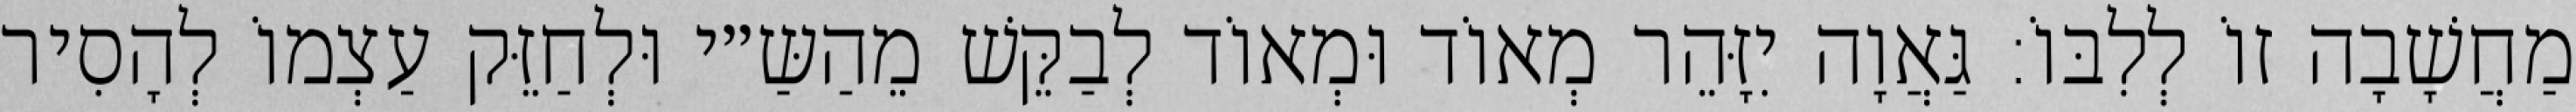
מַחֲשָׁבָה זוֹ לְלִבּוֹ: גַּאֲוָה יִזָּהֵר מְאוֹד וּמְאוֹד לְבַקֵּשׁ מֵהַשַּ״י וּלְחַזֵּק עַצְמוֹ לְהָסִיר